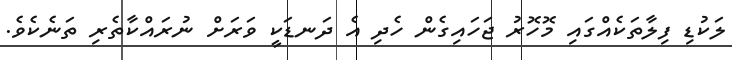
ލަކުޑި ފިލާތަކެއްގައި މޮހޮރު ޖަހައިގެން ހެދި އެ ދަނޑަކީ ވަރަށް ނުރައްކާތެރި ތަނެކެވެ.